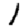
Digit: 1